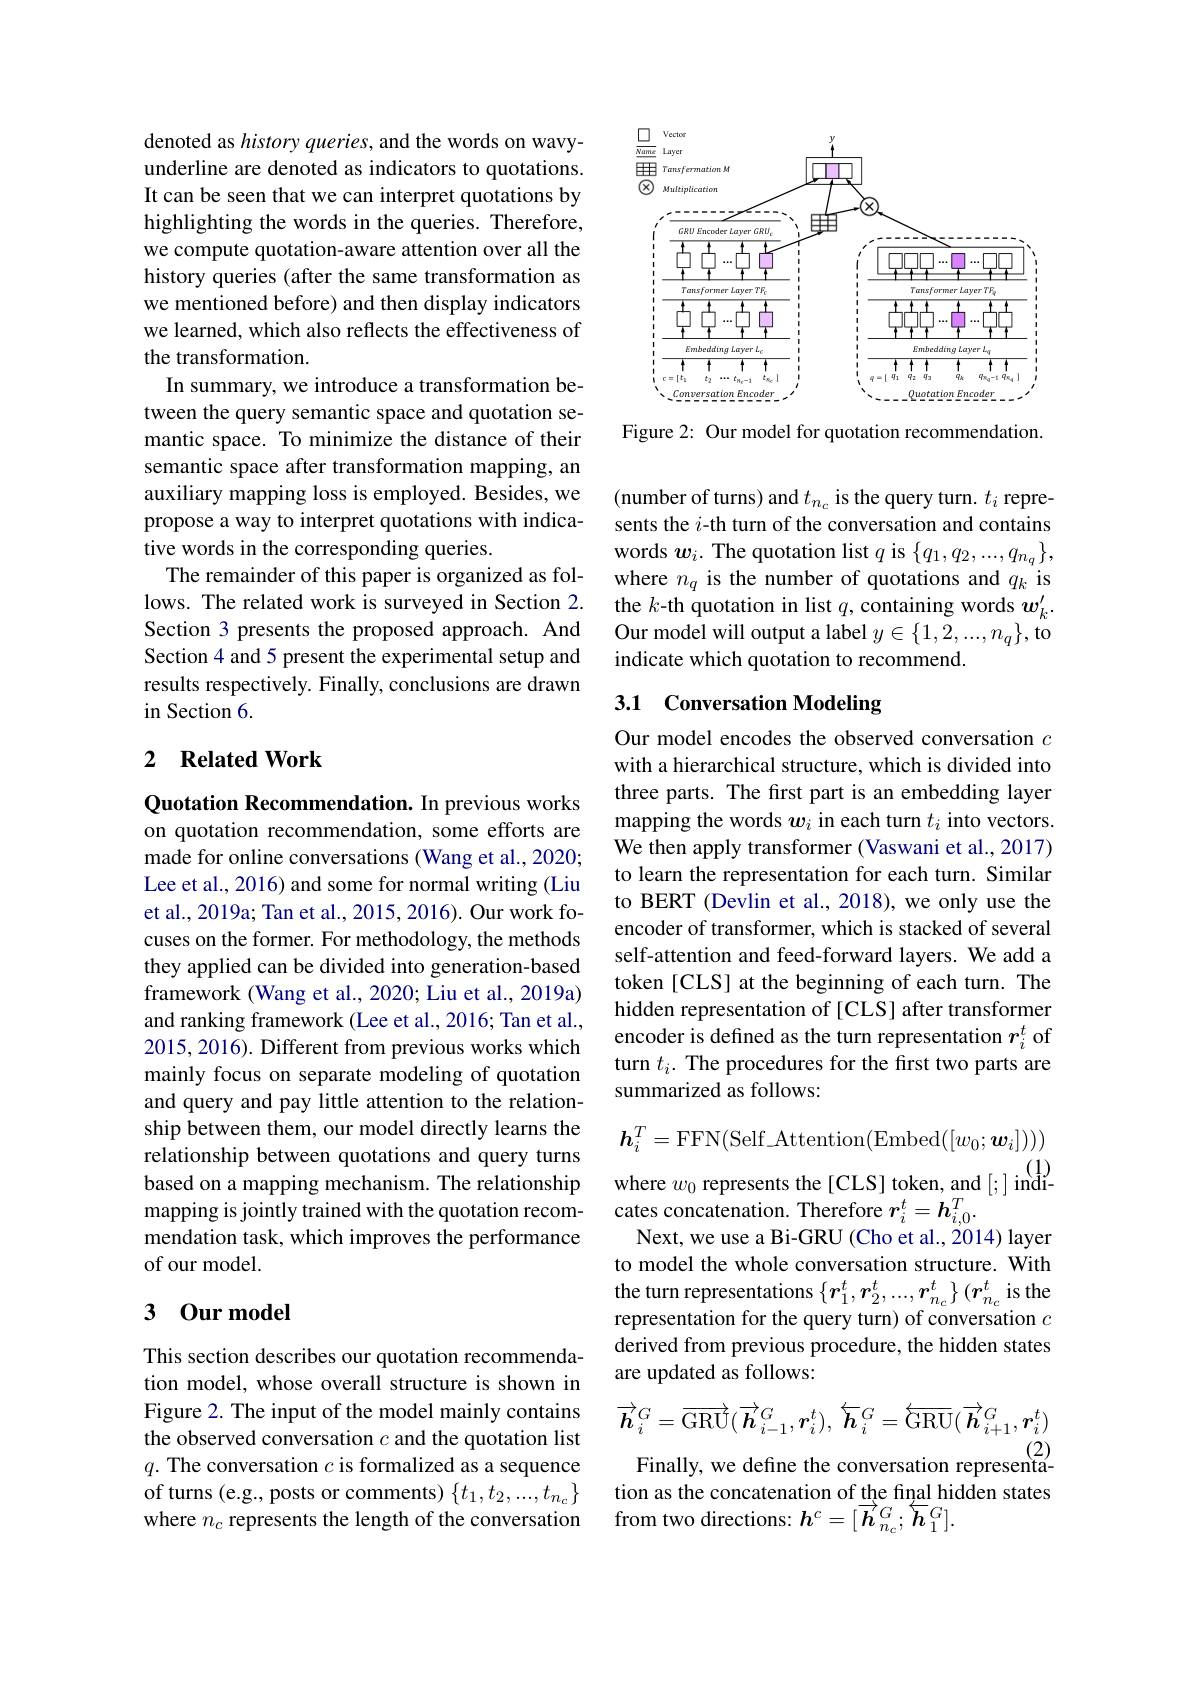
denoted as history queries, and the words on wavyunderline are denoted as indicators to quotations. It can be seen that we can interpret quotations by highlighting the words in the queries. Therefore, we compute quotation-aware attention over all the history queries (after the same transformation as we mentioned before) and then display indicators we learned, which also reflects the effectiveness of the transformation.
In summary, we introduce a transformation between the query semantic space and quotation semantic space. To minimize the distance of their semantic space after transformation mapping, an auxiliary mapping loss is employed. Besides, we propose a way to interpret quotations with indicative words in the corresponding queries.
The remainder of this paper is organized as follows. The related work is surveyed in Section 2. Section 3 presents the proposed approach. And Section 4 and 5 present the experimental setup and results respectively. Finally, conclusions are drawn in Section 6.

## 2 Related Work

Quotation Recommendation. In previous works on quotation recommendation, some efforts are made for online conversations (Wang et al., 2020; Lee et al., 2016) and some for normal writing (Liu et al., 2019a; Tan et al., 2015, 2016). Our work focuses on the former. For methodology, the methods they applied can be divided into generation-based framework (Wang et al., 2020; Liu et al., 2019a) and ranking framework (Lee et al., 2016; Tan et al., 2015, 2016). Different from previous works which mainly focus on separate modeling of quotation and query and pay little attention to the relationship between them, our model directly learns the relationship between quotations and query turns based on a mapping mechanism. The relationship mapping is jointly trained with the quotation recommendation task, which improves the performance of our model.

## 3 Our model

This section describes our quotation recommendation model, whose overall structure is shown in Figure 2. The input of the model mainly contains the observed conversation $c$ and the quotation list $q.$ The conversation $c$ is formalized as a sequence of turns (e.g., posts or comments) $\{t_1,t_2,...,t_{n_c}\}$ where $n_c$ represents the length of the conversation

<FigureHere>

Figure 2: Our model for quotation recommendation.

(number of turns) and $t_{n_c}$ is the query turn. $t_i$ represents the $i$-th turn of the conversation and contains words $w_i.$ The quotation list $q$ is $\{q_1,q_2,...,q_{n_q}\}$, where $n_q$ is the number of quotations and $q_k$ is the $k$-th quotation in list $q$, containing words $w_k^{\prime}.$ Our model will output a label $y\in\{1,2,...,n_q\}$, to indicate which quotation to recommend.

## 3.1 Conversation Modeling

Our model encodes the observed conversation $c$ with a hierarchical structure, which is divided into three parts. The first part is an embedding layer mapping the words $w_i$ in each turn $t_i$ into vectors. We then apply transformer (Vaswani et al., 2017) to learn the representation for each turn. Similar to BERT (Devlin et al., 2018), we only use the encoder of transformer, which is stacked of several self-attention and feed-forward layers. We add a token [CLS] at the beginning of each turn. The hidden representation of [CLS] after transformer encoder is defined as the turn representation $r_i^t$ of turn $t_i.$ The procedures for the first two parts are summarized as follows:
$$h_i^T=\mathrm{FFN}(\mathrm{Self_Attention}(\mathrm{Embed}([w_0;\boldsymbol{w}_i])))$$
where $w_0$ represents the[CLS] token, and [;] indi-

cates concatenation. Therefore $\boldsymbol r_i^t=\boldsymbol{h}_{i,0}^T.$
Next, we use a Bi-GRU (Cho et al., 2014) layer to model the whole conversation structure. With $\begin{array}{l}\text{the turn representations }\{r_1^t,r_2^t,...,r_{n_c}^t\}(r_{n_c}^t\text{ is the}\\\text{representation for the query turn) of conversation }c\end{array}$ derived from previous procedure, the hidden states are updated as follows:
$$\overrightarrow{\boldsymbol{h}}_{i}^{G}=\overrightarrow{\mathrm{GRU}}(\overrightarrow{\boldsymbol{h}}_{i-1}^{G},\boldsymbol{r}_{i}^{t}),\:\overleftarrow{\boldsymbol{h}}_{i}^{G}=\overleftarrow{\mathrm{GRU}}(\overrightarrow{\boldsymbol{h}}_{i+1}^{G},\boldsymbol{r}_{i}^{t})$$
Finally, we define the conversation representa-

tion as the concatenation of the final hidden states
from two directions: $\boldsymbol h^c=[\overrightarrow{\boldsymbol{h}}_{n_c}^G;\overleftarrow{\boldsymbol{h}}_1^G].$